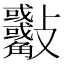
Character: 𣀾